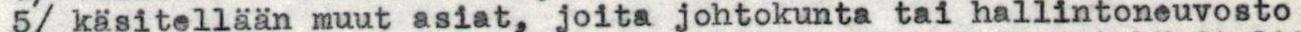
5/ käsitellään muut asiat, joita johtokunta tai hallintoneuvosto